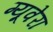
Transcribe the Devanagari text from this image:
ग्यूवेरा